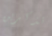
تذكرين